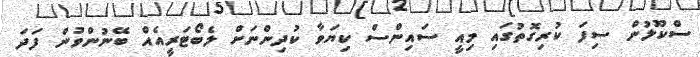
ސްކޫލުން ސިފަ ކުރިގޮތުގައި މިއީ ސައިންސް ކިޔަވާ ކުދިންނަށް ލެބޯޓަރީއެއް ބޭނުންވުން ފަދަ